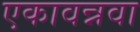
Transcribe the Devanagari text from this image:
एकावन्नवा